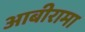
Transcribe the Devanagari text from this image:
आबीरामा